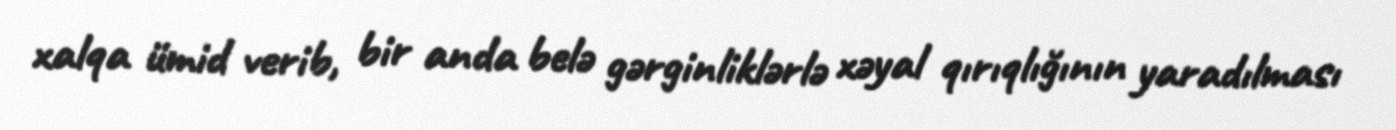
xalqa ümid verib, bir anda belə gərginliklərlə xəyal qırıqlığının yaradılması